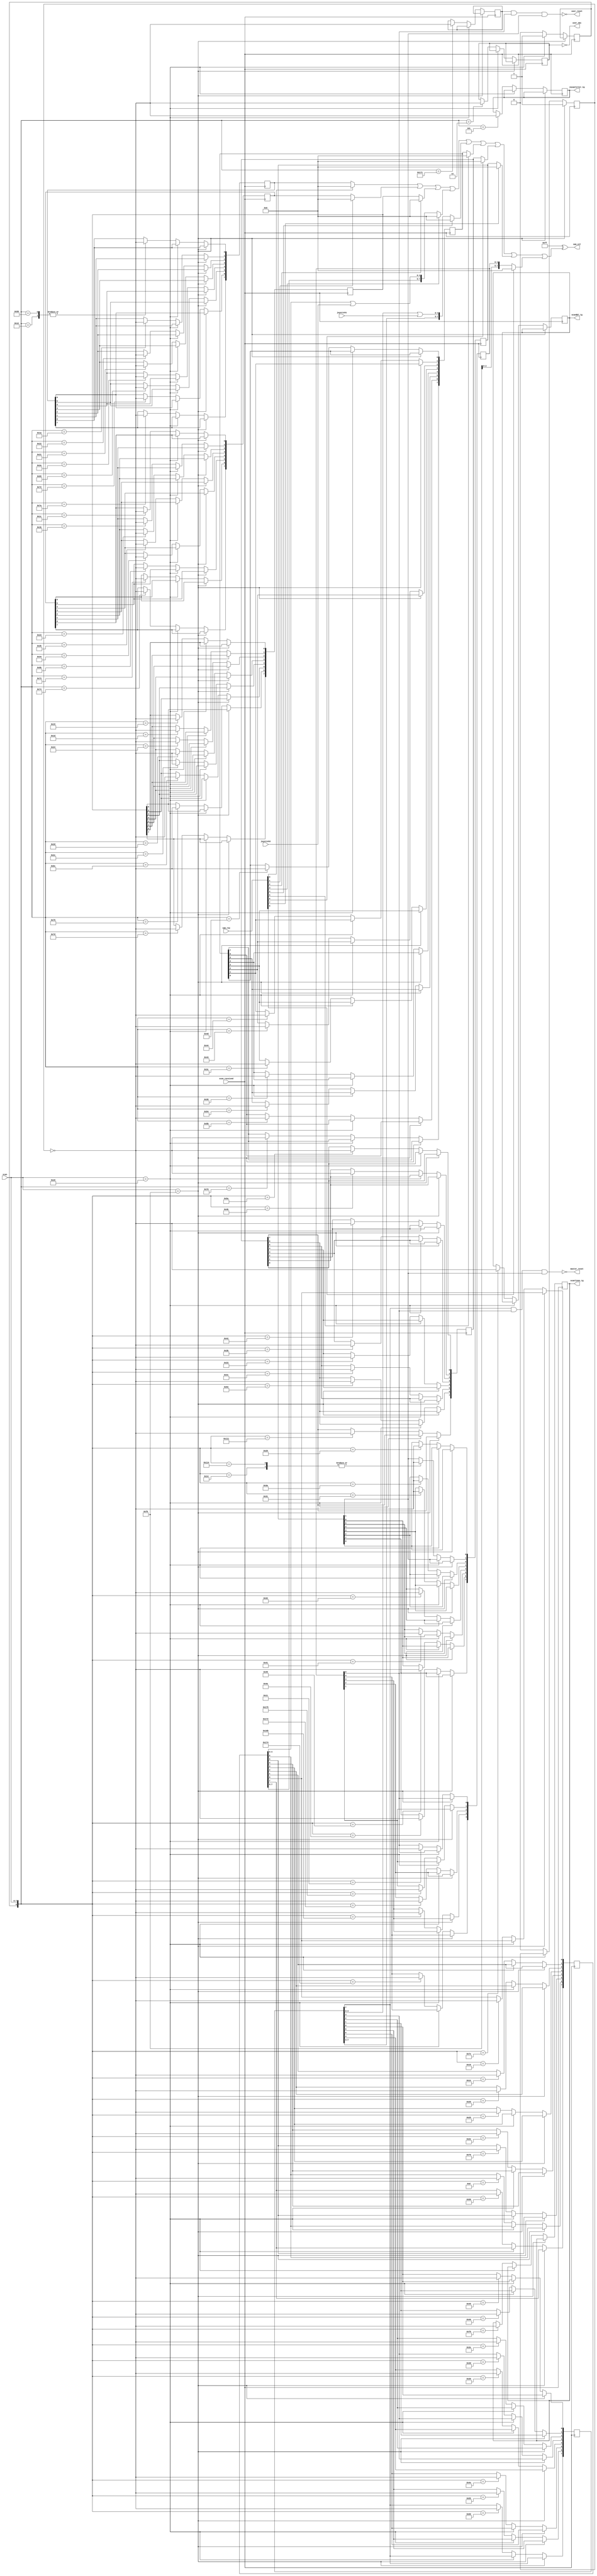
`timescale 1ns / 1ps
`default_nettype none
//////////////////////////////////////////////////////////////////////////////////
// Company: 
// Engineer: 
// 
// Design Name: 
// Module Name:    scancode_to_speccy 
// Project Name: 
// Target Devices: 
// Tool versions: 
// Description: 
//
// Dependencies: 
//
// Revision: 
// Revision 0.01 - File Created
// Additional Comments: 
//
//////////////////////////////////////////////////////////////////////////////////
module scancode_to_sam (
    input wire scan_received,
    input wire [7:0] scan,
    //------------------------
    input wire [8:0] sam_row,
    output wire [7:0] sam_col,
    output wire user_reset,
    output wire master_reset,
    output wire user_nmi,
    output wire scanlines_tg,
    output wire scandbl_tg,
    output wire joysplitter_tg,
    input wire[4:0] joystick1,
    input wire[4:0] joystick2
    );
    
//     assign user_reset = 1'b1;
//     assign master_reset = 1'b1;
//     assign user_nmi = 1'b1;
//     
    reg[7:0] row[0:8];
    reg kdel = 1'b0;
    reg kf5 = 1'b0;
    reg kf1;
    reg ksclk = 1'b0;
    reg kminus = 1'b0;
    
    assign sam_col[7:0] = 8'hff ^ (
      ((sam_row[0] == 1'b0) ? row[0] : 8'h00) |
      ((sam_row[1] == 1'b0) ? row[1] : 8'h00) |
      ((sam_row[2] == 1'b0) ? row[2] : 8'h00) |
      ((sam_row[3] == 1'b0) ? {row[3][7:5], (row[3][4:0] | joystick2[4:0])} : 8'h00) |
      ((sam_row[4] == 1'b0) ? {row[4][7:5], (row[4][4:0] | joystick1[4:0])} : 8'h00) |
      ((sam_row[5] == 1'b0) ? row[5] : 8'h00) |
      ((sam_row[6] == 1'b0) ? row[6] : 8'h00) |
      ((sam_row[7] == 1'b0) ? row[7] : 8'h00) |
      ((sam_row[8] == 1'b0) ? row[8] : 8'h00));

    assign user_reset = !(kdel && row[8][0] && row[7][1]);
    assign master_reset = !(row[4][7] && row[8][0] && row[7][1]);
    assign user_nmi = !kf5;
    assign scanlines_tg = kminus;
    assign scandbl_tg = ksclk;
    assign joysplitter_tg = kf1;
    
      // kdel
    // ctrl = row[8][0]
    // alt = row[7][1]
    // bs = row[4][7]
      
      
    reg kextended = 1'b0;
    reg kreleased = 1'b0;
    always @(posedge scan_received) begin
      if (scan == 8'hf0) kreleased <= 1'b1;
      else if (scan == 8'he0) kextended <= 1'b1;
      else begin
        case ({kextended, scan})
//           9'h1f0: {kextended, kreleased} <= 2'b11;
//           9'h0f0: {kextended, kreleased} <= 2'b01;
//           9'h0e0: {kextended, kreleased} <= 2'b10;
//           
          //cs   z  x  c  v  f1  f2  f3
          // a   s  d  f  g  f4  f5  f6
          // q   w  e  r  t  f7  f8  f9
          // 1   2  3  4  5  esc tab caps
          // 0   9  8  7  6  -   +   del
          // p   o  i  u  y  =   ~   f0
          // ent l  k  j  h  ;   :   edit
          // src ss m  n  b  ,   .   inv
          // ctl up dn lt rt
          
          //cs   z  x  c  v  f1  f2  f3
          8'h12: row[0][0] <= ! kreleased;
          8'h59: row[0][0] <= ! kreleased;

          8'h1a: row[0][1] <= ! kreleased;
          8'h22: row[0][2] <= ! kreleased;
          8'h21: row[0][3] <= ! kreleased;
          8'h2a: row[0][4] <= ! kreleased;
          8'h69: row[0][5] <= ! kreleased;
          8'h72: row[0][6] <= ! kreleased;
          8'h7a: row[0][7] <= ! kreleased;

          // a   s  d  f  g  f4  f5  f6
          8'h1c: row[1][0] <= ! kreleased;
          8'h1b: row[1][1] <= ! kreleased;
          8'h23: row[1][2] <= ! kreleased;
          8'h2b: row[1][3] <= ! kreleased;
          8'h34: row[1][4] <= ! kreleased;
          8'h6b: row[1][5] <= ! kreleased;
          8'h73: row[1][6] <= ! kreleased;
          8'h74: row[1][7] <= ! kreleased;

          // q   w  e  r  t  f7  f8  f9
          8'h15: row[2][0] <= ! kreleased;
          8'h1d: row[2][1] <= ! kreleased;
          8'h24: row[2][2] <= ! kreleased;
          8'h2d: row[2][3] <= ! kreleased;
          8'h2c: row[2][4] <= ! kreleased;
          8'h6c: row[2][5] <= ! kreleased;
          8'h75: row[2][6] <= ! kreleased;
          8'h7d: row[2][7] <= ! kreleased;

          // 1   2  3  4  5  esc tab caps
          8'h16: row[3][0] <= ! kreleased;
          8'h1e: row[3][1] <= ! kreleased;
          8'h26: row[3][2] <= ! kreleased;
          8'h25: row[3][3] <= ! kreleased;
          8'h2e: row[3][4] <= ! kreleased;
          8'h76: row[3][5] <= ! kreleased;
          8'h0d: row[3][6] <= ! kreleased;
          8'h58: row[3][7] <= ! kreleased;

          // 0   9  8  7  6  -   +   del
          8'h45: row[4][0] <= ! kreleased;
          8'h46: row[4][1] <= ! kreleased;
          8'h3e: row[4][2] <= ! kreleased;
          8'h3d: row[4][3] <= ! kreleased;
          8'h36: row[4][4] <= ! kreleased;
          8'h4e: row[4][5] <= ! kreleased;
          8'h55: row[4][6] <= ! kreleased;
          8'h66: row[4][7] <= ! kreleased;
          
          // p   o  i  u  y  =   ~   f0
          8'h4d: row[5][0] <= ! kreleased;
          8'h44: row[5][1] <= ! kreleased;
          8'h43: row[5][2] <= ! kreleased;
          8'h3c: row[5][3] <= ! kreleased;
          8'h35: row[5][4] <= ! kreleased;
          8'h54: row[5][5] <= ! kreleased;
          8'h5b: row[5][6] <= ! kreleased;
          8'h70: row[5][7] <= ! kreleased;
          
          // ent l  k  j  h  ;   :   edit
          8'h5a: row[6][0] <= ! kreleased;
          8'h4b: row[6][1] <= ! kreleased;
          8'h42: row[6][2] <= ! kreleased;
          8'h3b: row[6][3] <= ! kreleased;
          8'h33: row[6][4] <= ! kreleased;
          8'h4c: row[6][5] <= ! kreleased;
          8'h52: row[6][6] <= ! kreleased;
          9'h111: row[6][7] <= ! kreleased;
          
          // src ss m  n  b  ,   .   inv
          8'h29: row[7][0] <= ! kreleased;
          8'h14: row[7][1] <= ! kreleased;
          9'h114: row[7][1] <= ! kreleased;
          8'h3a: row[7][2] <= ! kreleased;
          8'h31: row[7][3] <= ! kreleased;
          8'h32: row[7][4] <= ! kreleased;
          8'h41: row[7][5] <= ! kreleased;
          8'h49: row[7][6] <= ! kreleased;
          8'h4a: row[7][7] <= ! kreleased;

          // ctl up dn lt rt
          8'h11: row[8][0] <= ! kreleased;
          9'h175: row[8][1] <= ! kreleased;
          9'h172: row[8][2] <= ! kreleased;
          9'h16b: row[8][3] <= ! kreleased;
          9'h174: row[8][4] <= ! kreleased;
          
          // other keys
          9'h171: kdel <= ! kreleased;
          8'h03: kf5 <= ! kreleased;
          8'h7e: ksclk <= ! kreleased;
          8'h7b: kminus <= ! kreleased;
          8'h05: kf1 <= ! kreleased;
          
        endcase
        kextended <= 1'b0;
        kreleased <= 1'b0;
      end
    end
    
endmodule